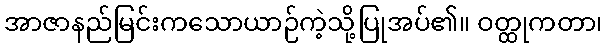
အာဇာနည်မြင်းကသောယာဉ်ကဲ့သို့ပြုအပ်၏။ ဝတ္ထုကတာ၊